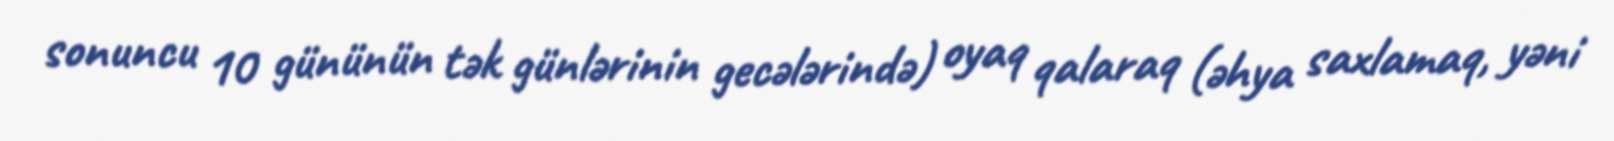
sonuncu 10 gününün tək günlərinin gecələrində) oyaq qalaraq (əhya saxlamaq, yəni